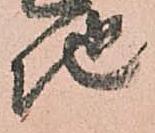
地